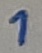
Text: 1